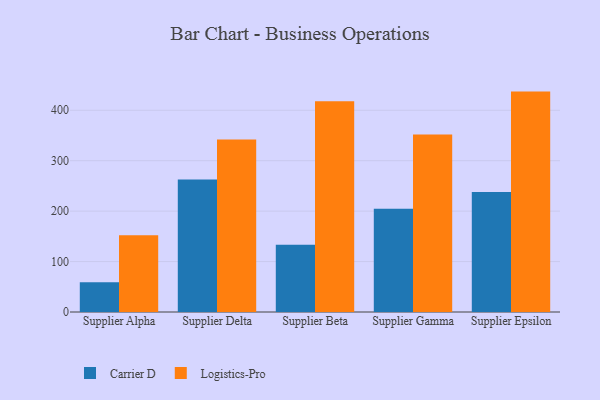
{"axis": {"x": "Supplier", "y": "Tickets Resolved"}, "legend": ["Carrier D", "Logistics-Pro"], "data": [{"x": "Supplier Alpha", "y": 58.8, "type": "Carrier D"}, {"x": "Supplier Alpha", "y": 152.3, "type": "Logistics-Pro"}, {"x": "Supplier Delta", "y": 262.6, "type": "Carrier D"}, {"x": "Supplier Delta", "y": 342.1, "type": "Logistics-Pro"}, {"x": "Supplier Beta", "y": 133.2, "type": "Carrier D"}, {"x": "Supplier Beta", "y": 417.8, "type": "Logistics-Pro"}, {"x": "Supplier Gamma", "y": 204.7, "type": "Carrier D"}, {"x": "Supplier Gamma", "y": 351.7, "type": "Logistics-Pro"}, {"x": "Supplier Epsilon", "y": 237.8, "type": "Carrier D"}, {"x": "Supplier Epsilon", "y": 437.0, "type": "Logistics-Pro"}]}